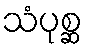
သံပုစ္ဆ